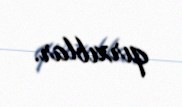
qırxıblar.